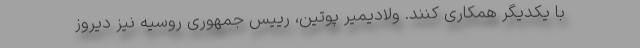
با یکدیگر همکاری کنند. ولادیمیر پوتین، رییس جمهوری روسیه نیز دیروز